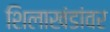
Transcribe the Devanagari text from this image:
शिलाखंडांवर